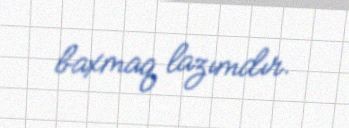
baxmaq lazımdır.